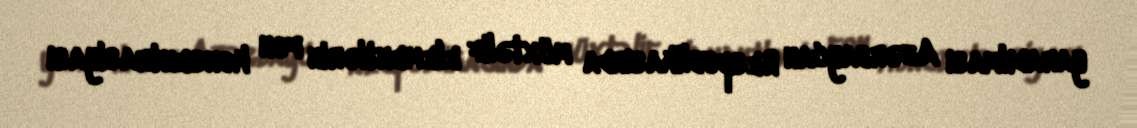
yaradılması Azərbaycan Respublikasında müxtəlif elementlərin fon konsentrasiyası